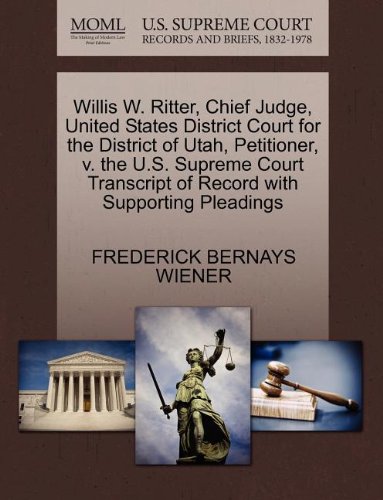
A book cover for Willis W. Ritter, Chief Judge, United States District Court for the District of Utah, Petitioner, v. the U.S. Supreme Court Transcript of Record with Supporting Pleadings; FREDERICK BERNAYS WIENER; Law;